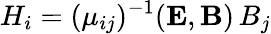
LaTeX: H_{i}=(\mu_{ij})^{-1}({\mathbf E},{\mathbf B})\, B_{j}